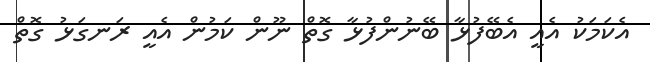
އެކަމަކު އެއީ އެބޭފުޅާ ބޭނުންފުޅާ ގޮތް ނޫން ކަމުން އެއީ ރަނގަޅު ގޮތް